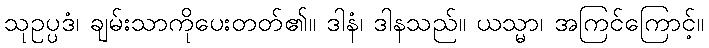
သုဥပ္ပဒံ၊ ချမ်းသာကိုပေးတတ်၏။ ဒါနံ၊ ဒါနသည်။ ယသ္မာ၊ အကြင်ကြောင့်။